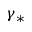
\gamma _ { \ast }